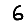
Digit: 6